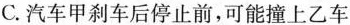
C.汽车甲刹车后停止前，可能撞上乙车